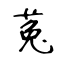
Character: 菟